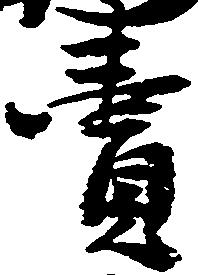
売